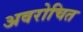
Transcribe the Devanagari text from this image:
अवरोचित